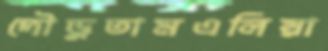
দৌড়ুতামএলিয়া